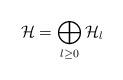
LaTeX: \begin{align*}{\cal H}=\bigoplus_{l\geq 0}{\cal H}_l\end{align*}